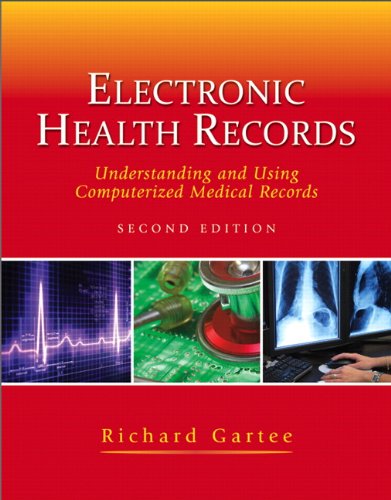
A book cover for Electronic Health Records: Understanding and Using Computerized Medical Records (2nd Edition); Richard Gartee; Medical Books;